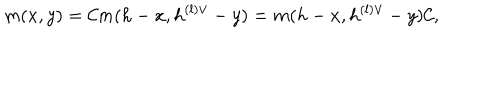
m ( x , y ) = { \cal C } m ( h - x , h ^ { ( l ) \vee } - y ) = m ( h - x , h ^ { ( l ) \vee } - y ) { \cal C } ,